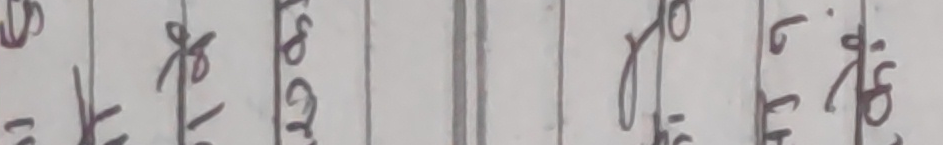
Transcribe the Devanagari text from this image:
खै १ के जि